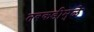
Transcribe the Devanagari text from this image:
तबकडीमुळे